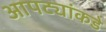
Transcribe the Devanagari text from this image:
आपट्यांकडे